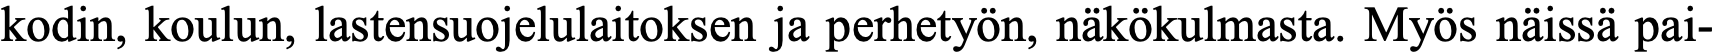
kodin, koulun, lastensuojelulaitoksen ja perhetyön, näkökulmasta. Myös näissä pai-